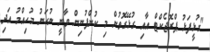
"ގުޅީފަޅު ޕްރޮޖެކްޓް އާއި ގުޅޭގޮތުން މި ކުންފުނިން ވާނީ ނުހަނު މުހިއްމު އަދި